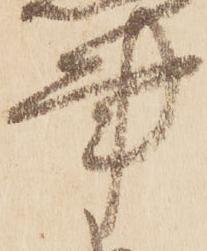
事